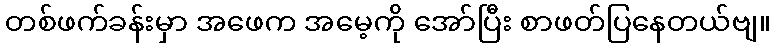
တစ်ဖက်ခန်းမှာ အဖေက အမေ့ကို အော်ပြီး စာဖတ်ပြနေတယ်ဗျ။